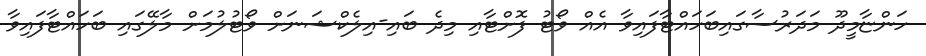
ހަންޏާމީދޫ މަދަރުސާގައިބަހައްޓާފައިވާ އެއް ވޯޓު ފޮށްޓާއި މިދެ ބައި-އިލެކްޝަނަށް ވޯޓުލުމަށް މާލޭގައި ބަހައްޓާފައިވާ